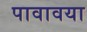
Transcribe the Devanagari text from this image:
पावावया